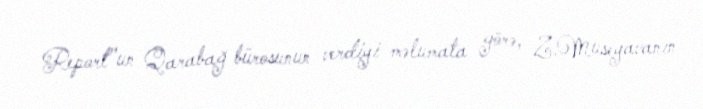
Report"un Qarabağ bürosunun verdiyi məlumata görə, Z.Museyavanın